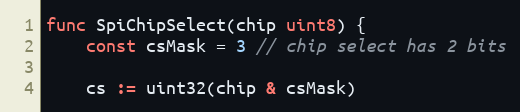
Language: Go
func SpiChipSelect(chip uint8) {
	const csMask = 3 // chip select has 2 bits

	cs := uint32(chip & csMask)